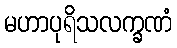
မဟာပုရိသလက္ခဏံ